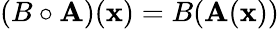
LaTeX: (B\circ\mathbf{A})(\mathbf{{x}})=B(\mathbf{A}(\mathbf{{x}}))